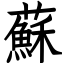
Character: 蘇